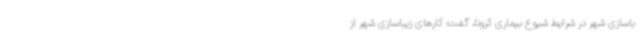
باسازی شهر در شرایط شیوع بیماری کرونا، گفت: کارهای زیباسازی شهر از